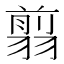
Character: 翦